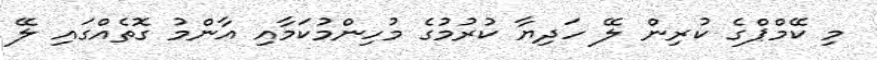
މި ކޭމްޕްގެ ކުރިން ލޭ ހަދިޔާ ކުރުމުގެ މުހިންމުކަމާއި އާންމު ގޮތެއްގައި ލޭ